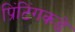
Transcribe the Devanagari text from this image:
प्रिंटिंगकडे